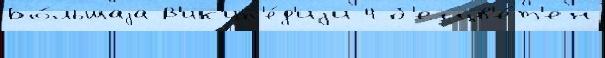
Бо́льшаjа В'ик'ип'е́д'иjи 4 б'есцв'е́т'ен